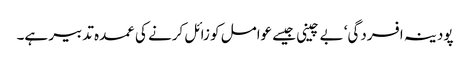
پودینہ افسردگی‘ بے چینی جیسے عوامل کو زائل کرنے کی عمدہ تدبیر ہے۔